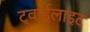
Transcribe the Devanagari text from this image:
ट्वाईलाइट